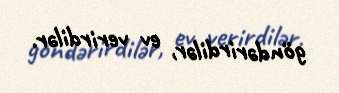
göndərirdilər, ev verirdilər.